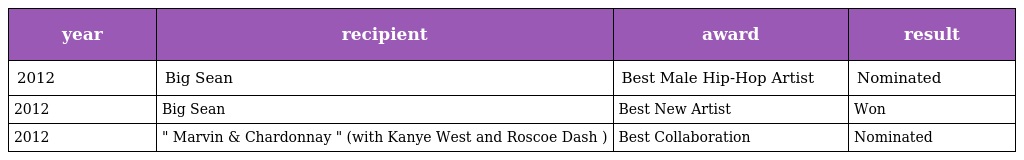
| year | recipient | award | result |
 | --- | --- | --- | --- |
 | 2012 | Big Sean | Best Male Hip-Hop Artist | Nominated |
 | 2012 | Big Sean | Best New Artist | Won |
 | 2012 | " Marvin & Chardonnay " (with Kanye West and Roscoe Dash ) | Best Collaboration | Nominated |